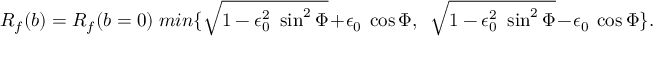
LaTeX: R _ { f } ( b ) = R _ { f } ( b = 0 ) ~ m i n \{ \sqrt { 1 - \epsilon _ { 0 } ^ { 2 } ~ \sin ^ { 2 } \Phi } + \epsilon _ { 0 } ~ \cos \Phi , ~ ~ \sqrt { 1 - \epsilon _ { 0 } ^ { 2 } ~ \sin ^ { 2 } \Phi } - \epsilon _ { 0 } ~ \cos \Phi \} .